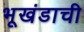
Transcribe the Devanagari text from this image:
भूखंडाची